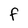
Character: f